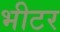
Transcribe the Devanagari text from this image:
भीटर